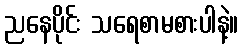
ညနေပိုင်း သရေစာမစားပါနဲ့။